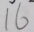
1 6